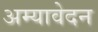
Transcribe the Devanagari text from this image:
अम्यावेदन